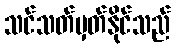
သင်သတ်မှတ်နိုင်သည်